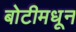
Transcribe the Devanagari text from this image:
बोटीमधून